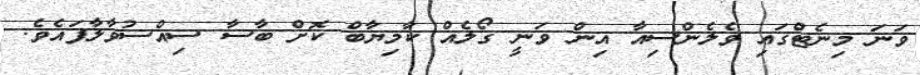
ވަނަ މިނެޓްގައި ވެލެންސިއާ އިން ވަނީ ގޯލެއް ކާމިޔާބް ކޮށް ބާސާ ސިއްސުވާލާފައެވެ.